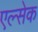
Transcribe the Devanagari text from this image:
एल्सेक